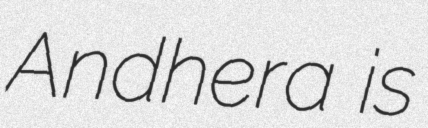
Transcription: Andhera is